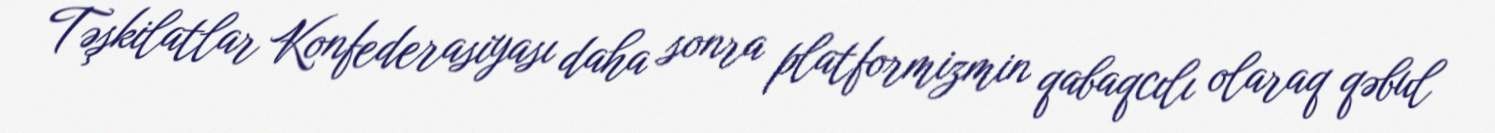
Təşkilatlar Konfederasiyası daha sonra platformizmin qabaqcılı olaraq qəbul